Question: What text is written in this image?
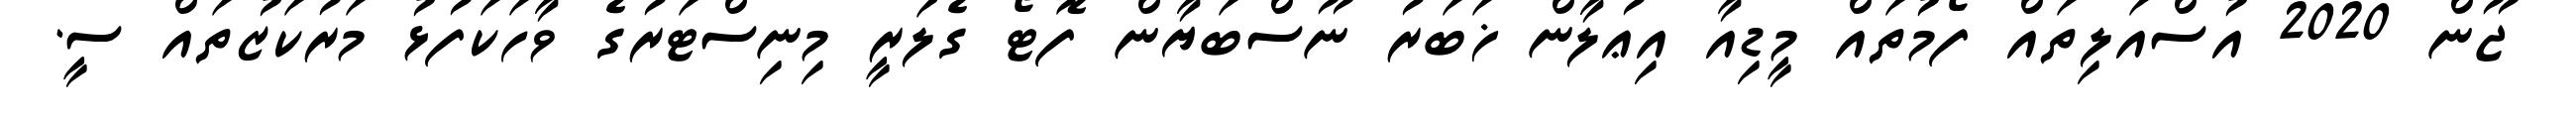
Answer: ޖޫން 2020 އުސްއަލިތައް ފޯމުތައް މީޑިއާ އިޢުލާން ޚަބަރު ނޫސްބަޔާން ފޮޓޯ ގެލަރީ މިނިސްޓަރުގެ ވާހަކަފުޅު މަރުކަޒުތައް ސީ.